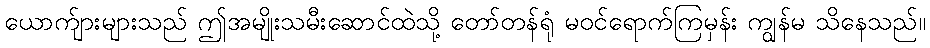
ယောက်ျားများသည် ဤအမျိုးသမီးဆောင်ထဲသို့ တော်တန်ရုံ မဝင်ရောက်ကြမှန်း ကျွန်မ သိနေသည်။